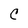
Character: C